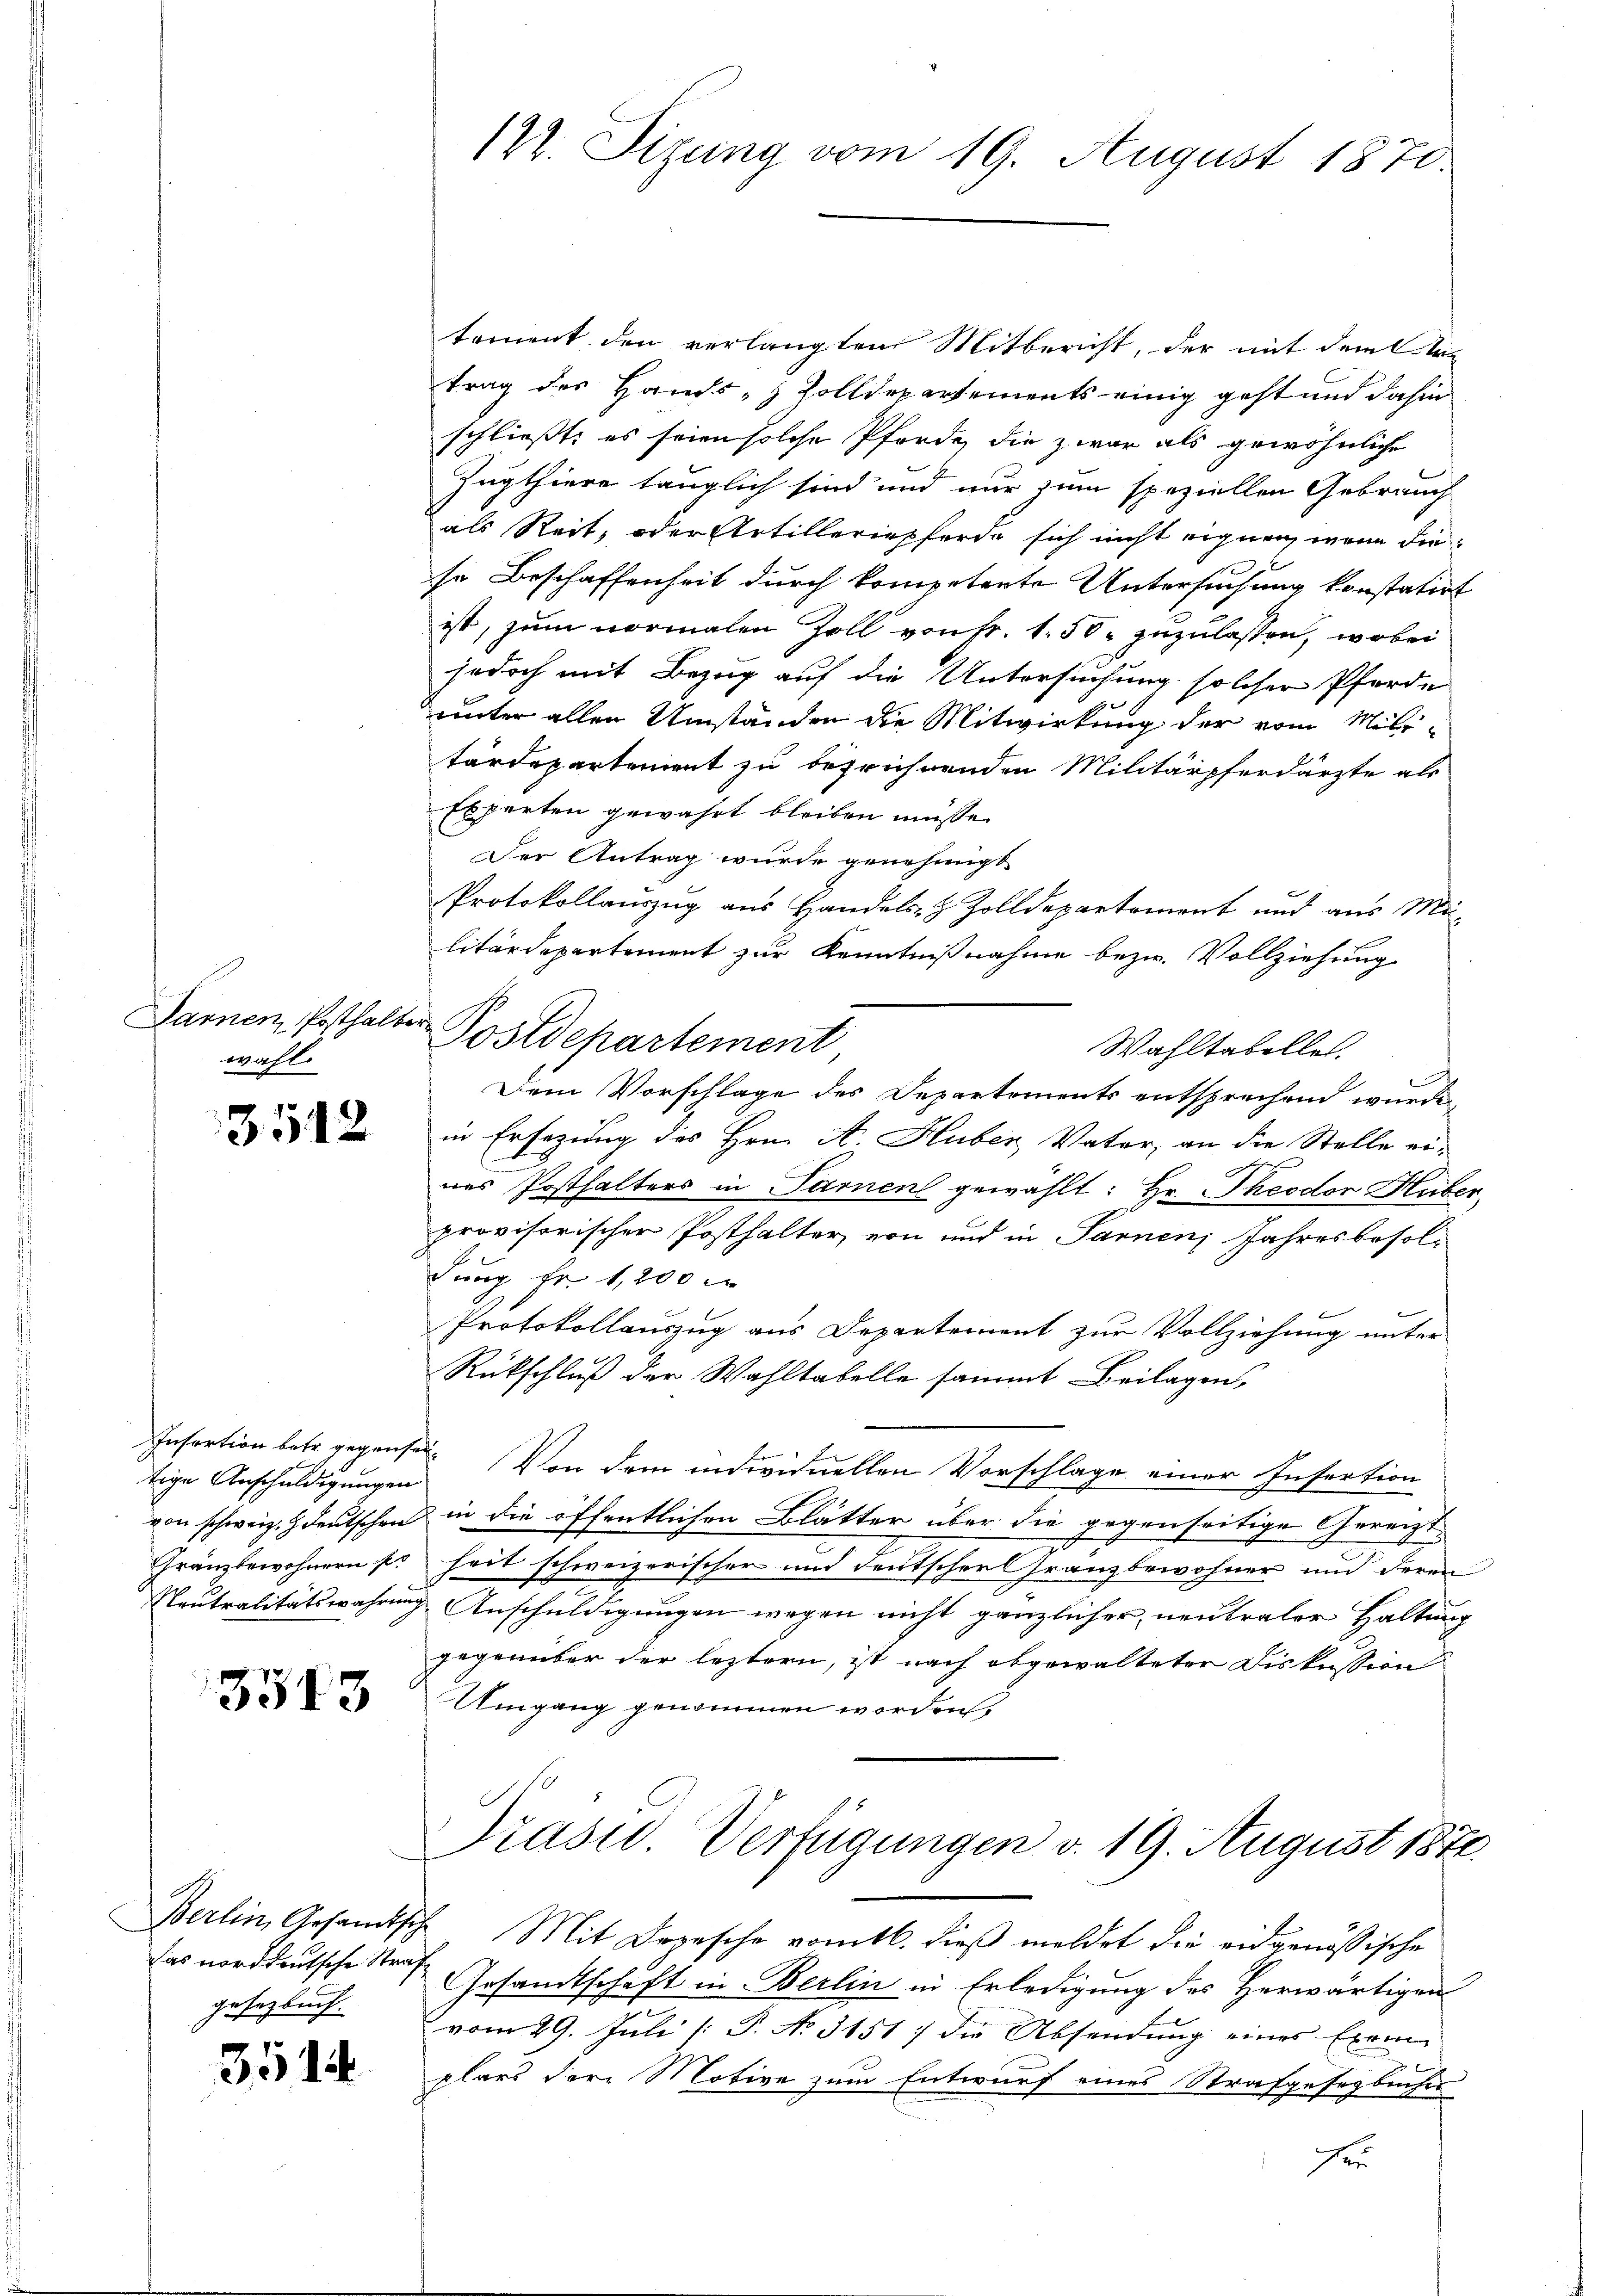
Sarnen Posthalter
wahl.

3542

tige Anschuldigungen
Franzbewohnern pr

3513

gesetzbuch.

351

122. Sizung vom 19. August 1870.

Postdepartement

tement den verlangten Mitbericht, der mit dem Aartrag des Hands- & Zolldepartements einig geht und dahin
schließt, es seien solche Pferde, die zwar als gewöhnliche
Zugthiere tauglich sind und nur zum speziellen Gebrauch
als Reit, oder Artilleriepferde sich nicht eignen, wenn diese Beschaffenheit durch kompetente Untersuchung konstatirt
ist, zum vormalen Zoll von Fr. 1.50 zuzulassen, wobei
jedoch mit Bezug auf die Untersuchung solcher Pferde
unter allen Umständen die Mitwirkung der vom Mili-
tärdepartement zu begrührenden Militärpferdärzte als
Experten gewährt bleiben müsse.
Der Antrag wurde genehmigt.
Protokollauszug aus Handels- & Zolldepartement und aus Mi
litärdepartement zur Kenntnißnahme bezw. Vollziehung
Wahltabelles.
Dem Vorschlage des Departements entsprechend wurde,
in Ersezung des Hrn. A. Huber Vater, an die Stelle ei-
wes Posthalters in Sarnen gewählt: Hr. Theodor Huber-
provisorischen Posthalter von und in Sarnen Jahresbesoldung Fr. 1,200 r
Protokollauszug aus Departement zur Vollziehung unter
Rückschluß der Wahltabelle sammt Beilagen,
Insortion betr. gegenten. Von dem individuellen Vorschlage einer Insertion
von schweiz. Zdeutschen in die öffentlichen Blätter über die gegenseitige Gereizt.
heit schweizerischer und deutscher Gränzbewohner und deren
Neutralitätswahrung Anschuldigungen wegen nicht gänzlicher neutraler Haltung
gegenüber der leztern, ist nach abgewalteter Diskussion d
Umgang genommen worden,
Präsid. Verfügungen v. 19. August 1872.
Berlin, Gesandtsche Mit Depesche vom 16. dieβ meldet die eidgenössische
das norddeutsche Straf Gesandtschaft in Berlin in Erledigung des Herwärtigen
vom 29. Juli 1: P. No. 3151) die Absendung eines Exemplars der Motive zum Entwurf eines Strafgesetzbucher
Feu